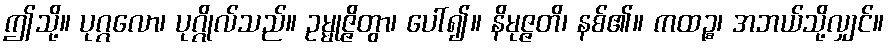
ဤသို့။ ပုဂ္ဂလော၊ ပုဂ္ဂိုလ်သည်။ ဥမ္မုဇ္ဇိတွာ၊ ပေါ်၍။ နိမုဇ္ဇတိ၊ နစ်၏။ ကထဉ္စ၊ အဘယ်သို့လျှင်။